Annual administration and progress report of the Indian Medical Department, Bombay
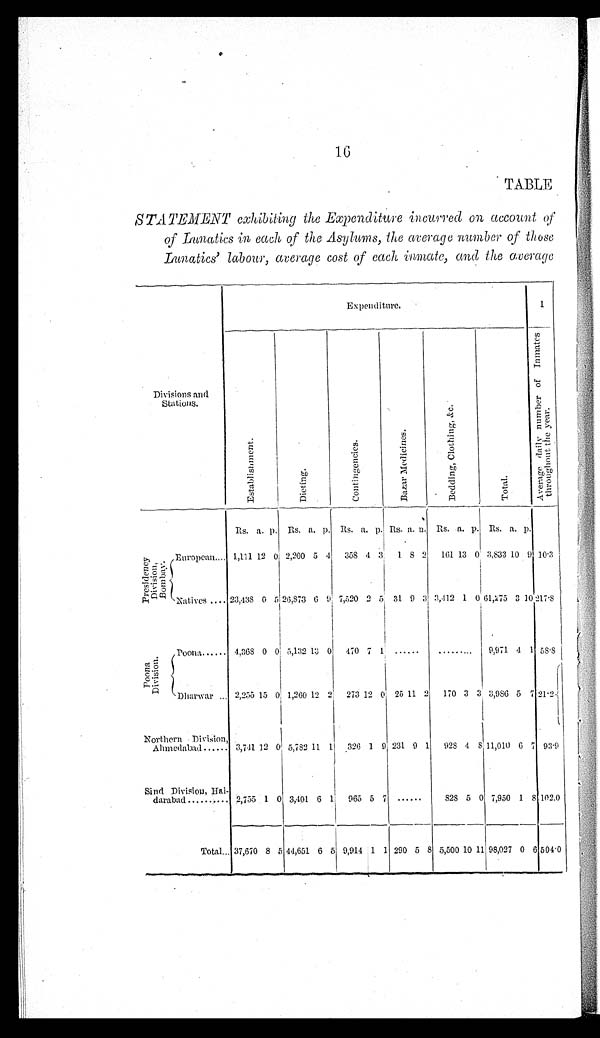
16
TABLE
STATEMENT exhibiting the Expenditure incurred on account of
of Lunatics in each of the Asylums, the average number of those
Lunatics' labour, average cost of each inmate, and the average
Divisions and
Stations.
Expenditure.
1
E s t a b l i s h m e n t .
Di et i ng.
C o n t i n g e n c i e s .
B a z a r M e d i c i n e s .
B e d d i n g C l o t h i n g , & c .
T o t a l .
A v e r a g e d a i l y n u m b e r o f I n m a t e s
t h r o u g h o u t t h e y e a r .
Rs. a. p. Rs. a. p. Rs. a. p. Rs. a. p. Rs. a. p. Rs. a. p.
Presidency
Division,
Bombay.
European .... 1,111 12 0 2,200 5 4 358 4 3 1 8 2 161 13 0 3,833 10 9 10.3
Natives .... 23,438 0 5 26,873 6 9 7,520 2 5 31 9 3 3,412 1 0 61,275 3 1 0 217.8
Poona
Division.
Poona ...... 4,368 0 0 5,132 13 0 470 7 1 ......
. . . . . . . . .
9,971 4 1 58.8
Dharwar ... 2,255 15 0 1,260 12 2 273 12 0 25 11 2 170 3 3 3,986 5 7 21.2
Northern Division,
Ahmedabad ...... 3,741 12 0 5,782 11 1 326 1 9 231 9 1 928 4 8 11,010 6 7 93.9
Sind Division, Hai-
darabad ..........
2,755 1 0 3,401 6 1 965 5 7 ......
828 5 0 7,950 1 8 102.0
Total ... 37,670 8 5 44,651 6 5 9,914 1 1 290 5 8 5,500 10 11 98,027 0 6 504.0